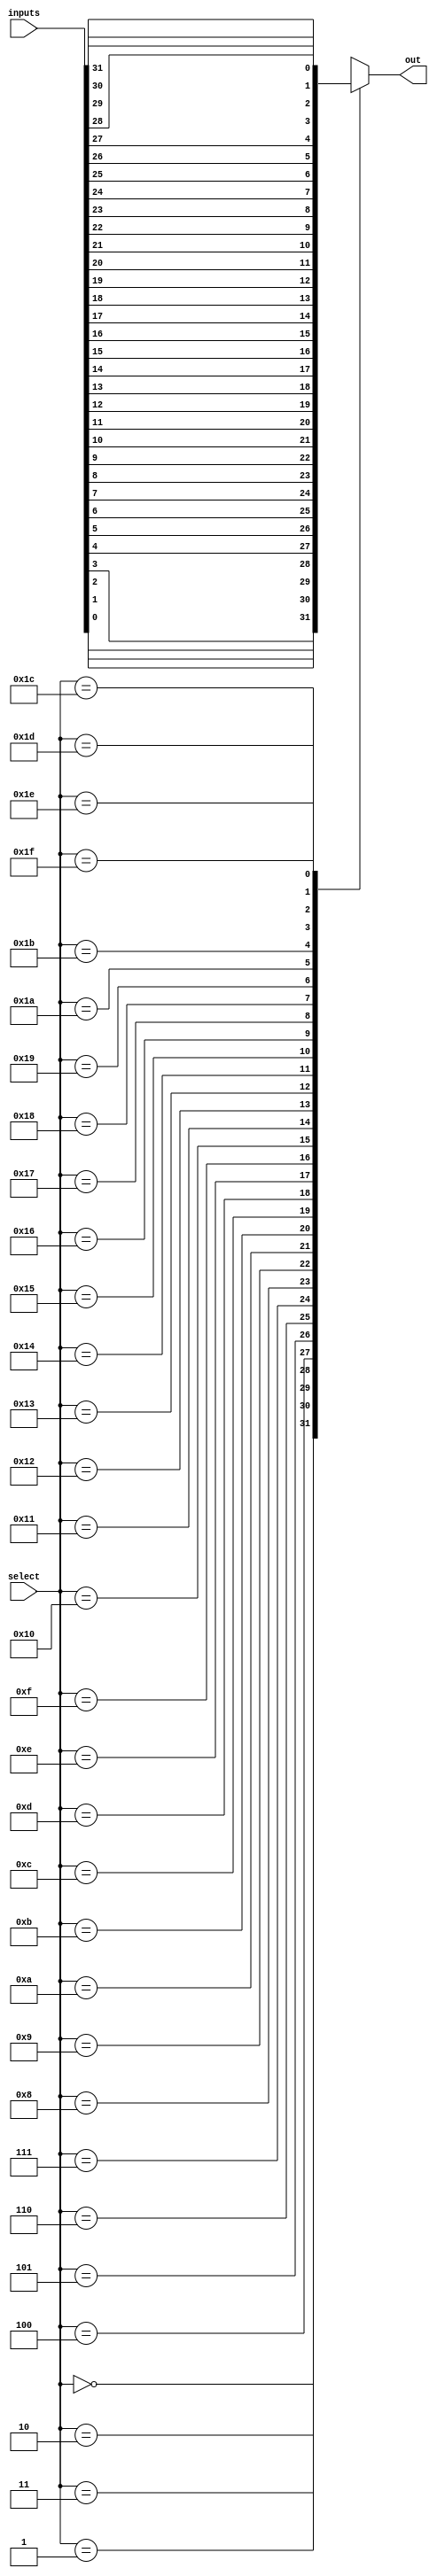
module mux32to1(
    input [4:0] select,
    input [31:0] inputs,
    output reg out
);

always @ (*) begin
    case (select)
        5'b00000: out = inputs[0];
        5'b00001: out = inputs[1];
        5'b00010: out = inputs[2];
        5'b00011: out = inputs[3];
        5'b00100: out = inputs[4];
        5'b00101: out = inputs[5];
        5'b00110: out = inputs[6];
        5'b00111: out = inputs[7];
        5'b01000: out = inputs[8];
        5'b01001: out = inputs[9];
        5'b01010: out = inputs[10];
        5'b01011: out = inputs[11];
        5'b01100: out = inputs[12];
        5'b01101: out = inputs[13];
        5'b01110: out = inputs[14];
        5'b01111: out = inputs[15];
        5'b10000: out = inputs[16];
        5'b10001: out = inputs[17];
        5'b10010: out = inputs[18];
        5'b10011: out = inputs[19];
        5'b10100: out = inputs[20];
        5'b10101: out = inputs[21];
        5'b10110: out = inputs[22];
        5'b10111: out = inputs[23];
        5'b11000: out = inputs[24];
        5'b11001: out = inputs[25];
        5'b11010: out = inputs[26];
        5'b11011: out = inputs[27];
        5'b11100: out = inputs[28];
        5'b11101: out = inputs[29];
        5'b11110: out = inputs[30];
        5'b11111: out = inputs[31];
        
        default: out = 0;
    endcase
end

endmodule